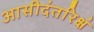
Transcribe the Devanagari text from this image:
आसीदंतरिक्षं